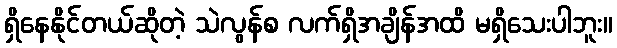
ရှိနေနိုင်တယ်ဆိုတဲ့ သဲလွန်စ လက်ရှိအချိန်အထိ မရှိသေးပါဘူး။